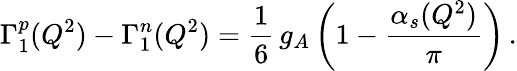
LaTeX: \Gamma_{1}^{p}(Q^{2})-\Gamma_{1}^{n}(Q^{2})=\frac{1}{6}\, g_{A}\left(1-\frac{\alpha_{s}(Q^{2})}{\pi}\right)\, .